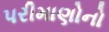
પરીમાણોનો